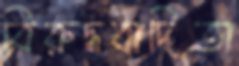
বিরুদ্ধবাদিতা